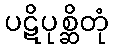
ပဋိပုစ္ဆိတုံ